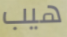
هيب